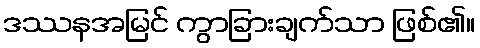
ဒဿနအမြင် ကွာခြားချက်သာ ဖြစ်၏။